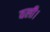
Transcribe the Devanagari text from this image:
वली।